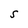
Character: S